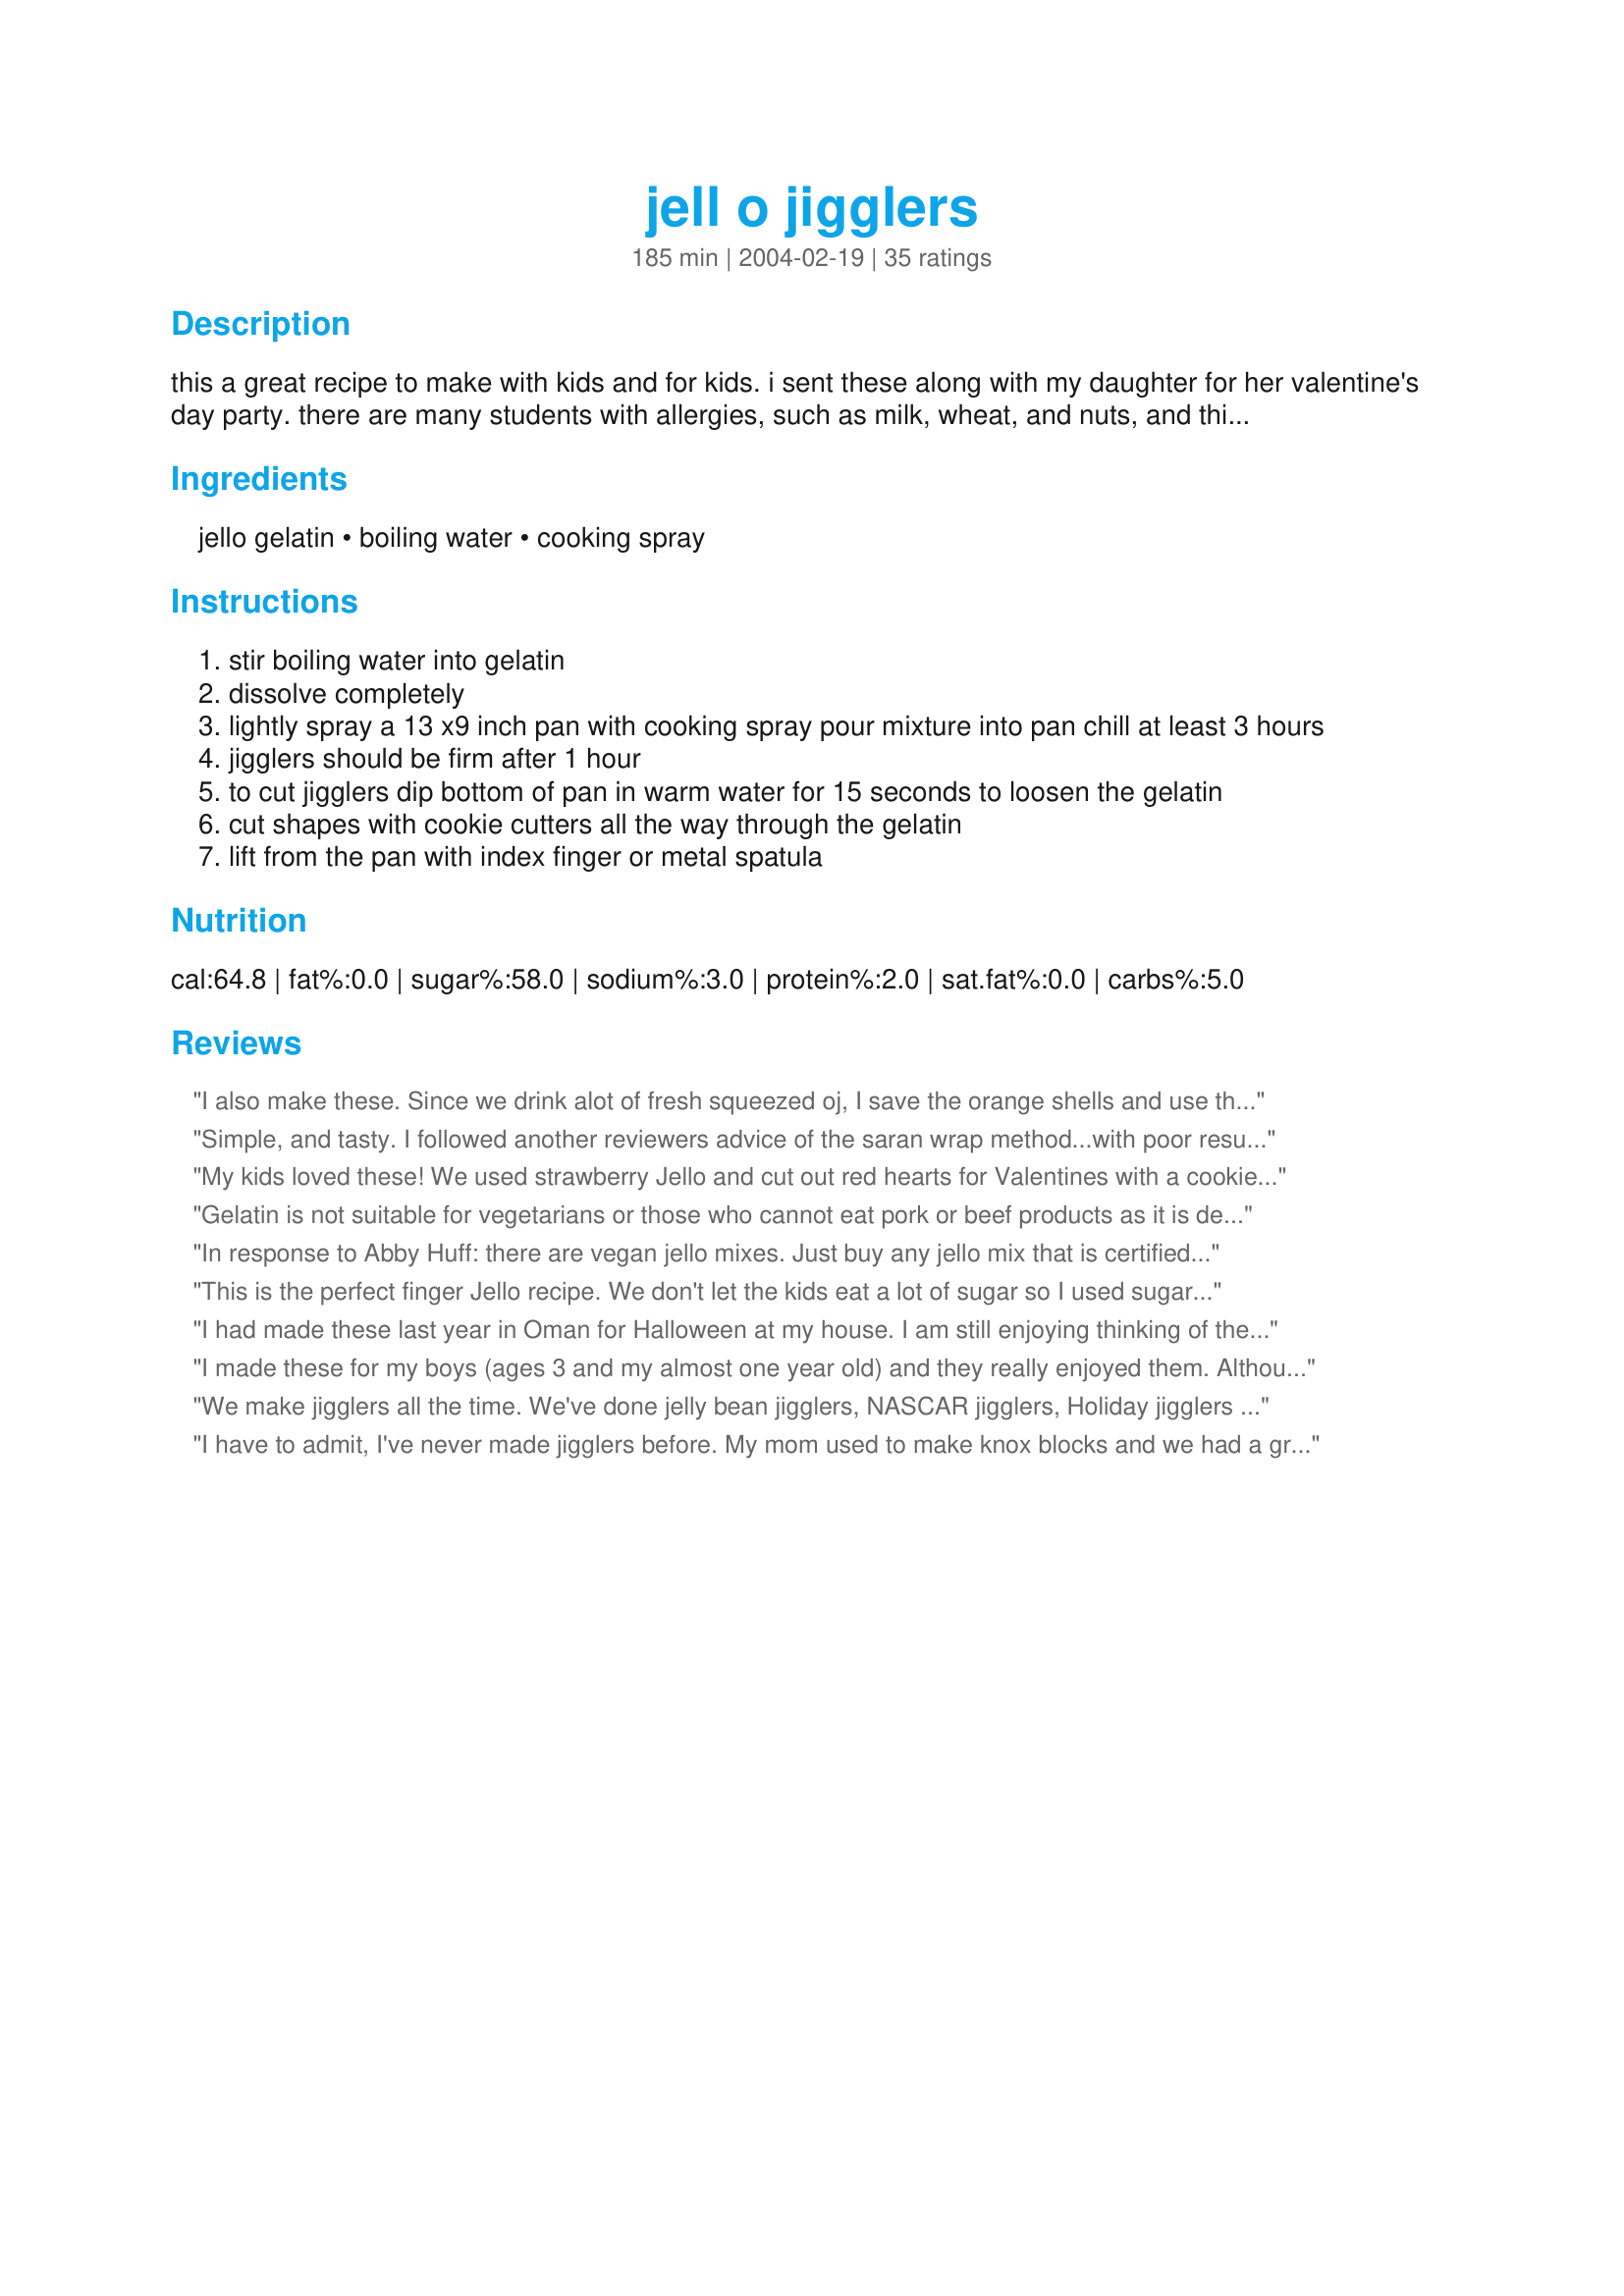
jell o jigglers
Preparation time: 185 minutes

this a great recipe to make with kids and for kids. i sent these along with my daughter for her valentine's day party. there are many students with allergies, such as milk, wheat, and nuts, and this was a treat they could all enjoy! cook time is chill time.

Ingredients:
jello gelatin, boiling water, cooking spray

Steps:
stir boiling water into gelatin
dissolve completely
lightly spray a 13 x9 inch pan with cooking spray pour mixture into pan chill at least 3 hours
jigglers should be firm after 1 hour
to cut jigglers dip bottom of pan in warm water for 15 seconds to loosen the gelatin
cut shapes with cookie cutters all the way through the gelatin
lift from the pan with index finger or metal spatula

Reviews:
I also make these. Since we drink alot of fresh squeezed oj, I save the orange shells and use these for molds. To serve to the kids, I cut the orange halves into wedges for easier eating. Kids loved these.
Simple, and tasty. I followed another reviewers advice of the saran wrap method...with poor results. Next time I'll follow this recipe as stated and spray a pan directly. Cut them into heart and star shapes for our 4th of July party. The kids loved them!
My kids loved these! We used strawberry Jello and cut out red hearts for Valentines with a cookie cutter. They had them for dessert between 2 homemade heart-shaped sugar cookies. Such fun!
Gelatin is not suitable for vegetarians or those who cannot eat pork or beef products as it is derived from cellulite. A vegetarian alternative is agar-agar, which is not hard to get, and will be in health-food or hippie stores, if not supermarkets. Hope that helps.
In response to Abby Huff: there are vegan jello mixes. Just buy any jello mix that is certified kosher. Instead of gelatin from animals (usually pigs, I believe), they use a seaweed based gelatin. Most of them are as firm as the original jello brand product, but you might have to use just a little bit less water. Hope this helps.
This is the perfect finger Jello recipe. We don't let the kids eat a lot of sugar so I used sugar free Jello. You can use two big boxes or 4 litte boxes. I sometimes break it in half and make two different kinds.
I had made these last year in Oman for Halloween at my house. I am still enjoying thinking of the smiles on the faces of the kids as they ate these. This is a fun treat!!!
I made these for my boys (ages 3 and my almost one year old) and they really enjoyed them. Although the actual shapes didnt come out because of it sticking to the bottom of the pan, they were happy with it either way. thanks so much!
We make jigglers all the time. We've done jelly bean jigglers, NASCAR jigglers, Holiday jigglers and Easter Egg Jigglers. My kids love to gobble them up! Make sure to spray your molds well, or you'll have some sticky situations!
I have to admit, I've never made jigglers before. My mom used to make knox blocks and we had a great old pan with shapes in the bottom to use. (Which I used in college to make jello with alcoholic beverages mixed in!) This recipe turned out well. I used two of the large boxes of sugar free jello to make a fun treat we can eat with no guilt!
This was my first time making jigglers so I was nervous. I cut the recipe in half used 2 small boxes of sugar free jello, one cherry, one lime. I used a shoe cookie cutter for my daughter's first princess tea party and they were a HIT!!! Thank you so much for sharing.
My kids adore these. During the year I used NASCAR Jello molds to make them but as soon as Thanksgiving gets here, out come my Christmas molds. Because I like the variety of colors, I use 5 oz. of water per 3 oz. box and make four different flavors. Always popular with the young and young at heart.
Made these for the kids for Christmas, and they loved them! I used the jello molds, and made yellow (pineapple) stars, green (melon) trees, and red (strawberry) santas. They were a huge hit! Thanks for posting!
I gave this 4 stars. I made the jello jiggler eggs years ago. I have not tried the cut out shapes. I'm sure the kids would love them. We will try it. Thanks for posting. Christine (internetnut)
BEST RECIPE EVER!!!! I <3 JOO NUBS, seriously, you guysd changed my life, im SO happy i fouynd a site that tels me the same thing as the back of the jello box. .......really. i dont have a box, thats why im not sarcastic. thanx guys, keep up the good work!!!!!!!11!
Yep!
This is the perfect jiggler's recipe!
Thanks for sharing!
Love Jello-jigglers, I did want to comment though that if the child is vegetarian, I know jello has some sort of animal by-product in it. . . not sure what. I do know that sometimes because of religious reasons you will have a vegetarian child in a classroom and they will not eat jello.
My grandbabies love these...we haven't tried any other shapes but squares so far, but appreciate the ideas suggested.
My son enjoyed making these and they set up well. I didn't have any problems with them sticking in the pan. They set up pretty fast. He really enjoyed them.
These were fun to make and see how they turned out. I used my chocolate moulds sprayed with cooking spray and put the jelly mix into them and got all sorts of pictured jellies and the kids loved them too.
This recipe was great! I made them out of 1 box with 2/3 of a cup of boiling water. They were thin but for a JK class that's alright. I lined a Tupperware container with Seran Wrap then poured the Jello in. Once it had set, I just lifted out the Seran and did my shapes. They were a great hit!
I make these for the bots frequently! They make great snacks for after school cut out in animals, Halloween, Christmas,Easter - you name it.
I cut the recipe in half for two boxes and used a 8x8 pan lined with cooking sprayed saran wrap - worked great, no sticking at all. The jigglers were pretty thin, but they were nice and firm - I'll make these again when I'm looking for a light dessert! Oh, and I used two sugar free boxes - they set-up perfectly.
these are great snacks for all my little ones. They work great if you use deep chocolate molds and grease them with vegetable oil. They come out quite nicely
I used sugarfree and got 20 servings with 4 calories each!
Pamela, I always make jell-o jigglers in an 8-inch Teflon coated pan, to make them a tad bit bigger, but when I want to make them in a 13x9x2-inch pan, I use 8 boxes of the jell-o, plus 5 cups of boiling water. This past weekened I made jell-o jigglers using the 2 new gelatin flavors, Tropical Fusion (a blend of cherry, orange and pineapple) plus the Blackberry Fusion (a blend of blackberry and raspberry). Everyone enjoyed them. One other thing I wanted to mention, if you make your jello jigglers in Teflon coated pans, there's no need to dip bottom of pan in warm water for 15 seconds to loosen the gelatin. 
Pamela, thank you for posting this recipe, so others can make them as well.
These are the easiest! I made heart jigglers for my daughters birthday, the kids just loved them! Thanks!
A delicious classic!
Great for the kids! Easy for me to prepare. Thanks for sharing.
Loved this. We love knox blocks and I was out of knox so found this recipe. This worked perfectly and was a lot less expensive. I used 2 of the larger boxes and used sugar free jello as that is all I buy. We loved it. We couldn't even tell a difference. Will be using this method from now on.
My first time making jigglers, or much of anything with jello, for that matter. You know you're a mom when jello enters your world!
I would like to offer a suggestion: line your pan with Saran wrap; then when jelled, lift out of pan and cut your shapes. Use a wet metal spatula to lift the shapes.
I have found this an easier way to handle these jigglers. HTH
These made my kids so happy today!
We've been making these for the last couple of years. Very simple and easy treat/dessert for everyone in the family.
I agree that this is the best way to make Jigglers and I don't have any problem getting them out of the pan this way either. Mainly, it's always been important for me not to mess with the taste by adding the extra geletin. I look forward to continuing to make these again and again! Thanks!
